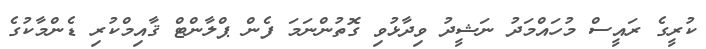
ކުރީގެ ރައީސް މުހައްމަދު ނަޝީދު ވިދާޅުވި ގޮތުންނަމަ ފެން ޕްލާންޓް ޤާއިމްކުރި ޑެންމާކުގެ